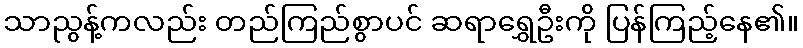
သာညွန့်ကလည်း တည်ကြည်စွာပင် ဆရာရွှေဦးကို ပြန်ကြည့်နေ၏။